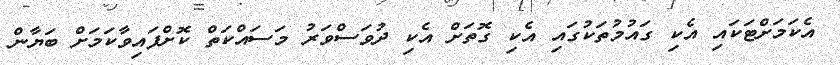
އެކަމަށްޓަކައި އެކި ގައުމުތަކުގައި އެކި ގޮތަށް އެކި ދުވަސްވަރު މަސައްކަތް ކޮށްފައިވާކަމަށް ބަޔާން